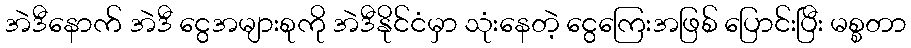
အဲဒီနောက် အဲဒီ ငွေအများစုကို အဲဒီနိုင်ငံမှာ သုံးနေတဲ့ ငွေကြေးအဖြစ် ပြောင်းပြီး မစ္စတာ